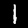
Label: 1